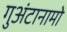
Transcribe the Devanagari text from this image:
गुअंटानामो